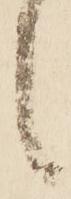
候